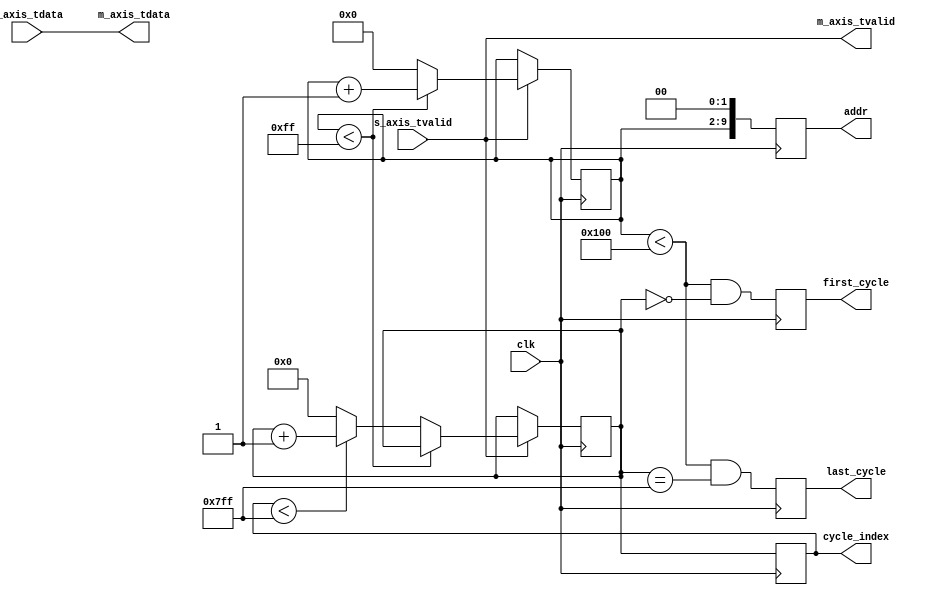
module psd_counter #
(
  parameter integer PERIOD = 256,
  parameter integer PERIOD_WIDTH = 8,
  parameter integer N_CYCLES = 2048,
  parameter integer N_CYCLES_WIDTH = 11
)
(
  input wire clk,
  input wire s_axis_tvalid,
  input wire [32-1:0] s_axis_tdata,
  output wire m_axis_tvalid,
  output wire [32-1:0] m_axis_tdata,
  output reg [PERIOD_WIDTH+1:0] addr,
  output reg [N_CYCLES_WIDTH-1:0] cycle_index,
  output reg first_cycle,
  output reg last_cycle
);

reg [PERIOD_WIDTH-1:0] cnt;
reg [N_CYCLES_WIDTH-1:0] cycle_index_reg;

initial cnt = 0;
initial cycle_index_reg = 0;

always @(posedge clk) begin
  addr <= {{cnt}, {2'b0}};
  cycle_index <= cycle_index_reg;
  first_cycle <= ((cnt < PERIOD) && (cycle_index_reg == 0));
  last_cycle <= ((cnt < PERIOD) && (cycle_index_reg == N_CYCLES - 1));
end

always @(posedge clk) begin
  if (s_axis_tvalid) begin
    if (cnt < PERIOD - 1) begin
      cnt <= cnt + 1;
    end else begin
      cnt <= 0;
      if (cycle_index < N_CYCLES - 1) begin
        cycle_index_reg <= cycle_index_reg + 1;
      end else begin
        cycle_index_reg <= 0;
      end
    end
  end
end

assign m_axis_tvalid = s_axis_tvalid;
assign m_axis_tdata = s_axis_tdata;

endmodule